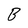
Character: B